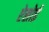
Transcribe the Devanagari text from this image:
ऐसोई